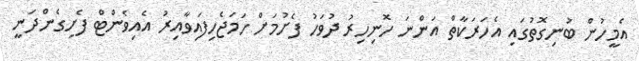
އެމީހުން ބުނިގޮތުގައި އެހަރަކާތް އަންނަ ހޮނިހިރު ދުވަހު ފެށުމަށް ހަމަޖެހިފައިވާއިރު އެއިވެންޓް ފެށިގެންދަނީ